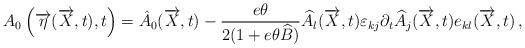
LaTeX: \begin{align*} A_0 \left( \overrightarrow{ \eta} ( \overrightarrow{X},t), t \right) = \hat{A}_0 ( \overrightarrow{X},t)- \frac{e \theta}{ 2(1+e\theta \widehat{B})} \widehat{A}_{l} ( \overrightarrow{X},t)\varepsilon_{kj} \partial_t \widehat{A}_j ( \overrightarrow{X},t)e_{kl} ( \overrightarrow{X},t)\, ,\end{align*}